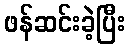
ဖန်ဆင်းခဲ့ပြီး